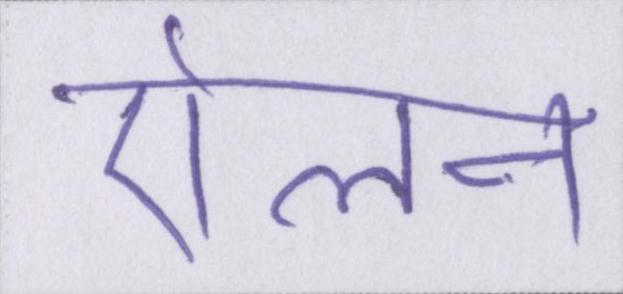
ऐलन